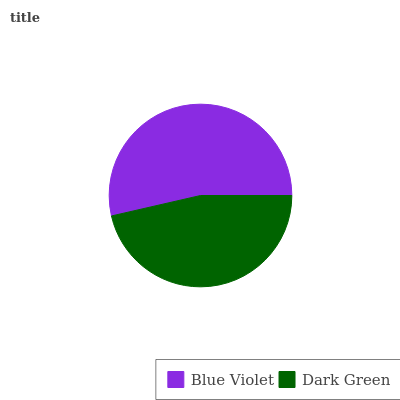
| Blue Violet | Dark Green |
 | --- | --- |
 | 53.6% | 46.4% |